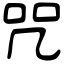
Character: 咒